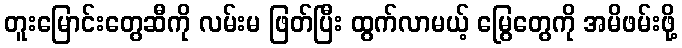
တူးမြောင်းတွေဆီကို လမ်းမ ဖြတ်ပြီး ထွက်လာမယ့် မြွေတွေကို အမိဖမ်းဖို့